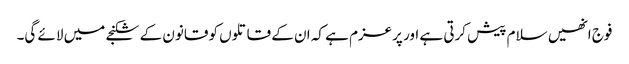
فوج انھیں سلام پیش کرتی ہے اور پرعزم ہے کہ ان کے قاتلوں کو قانون کے شکنجے میں لائے گی۔